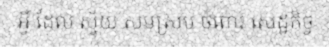
អ្វី ដែល ស្វ័យ សមស្រប ចំពោះ សេដ្ឋកិច្ច